Leaving Certificate, 1888
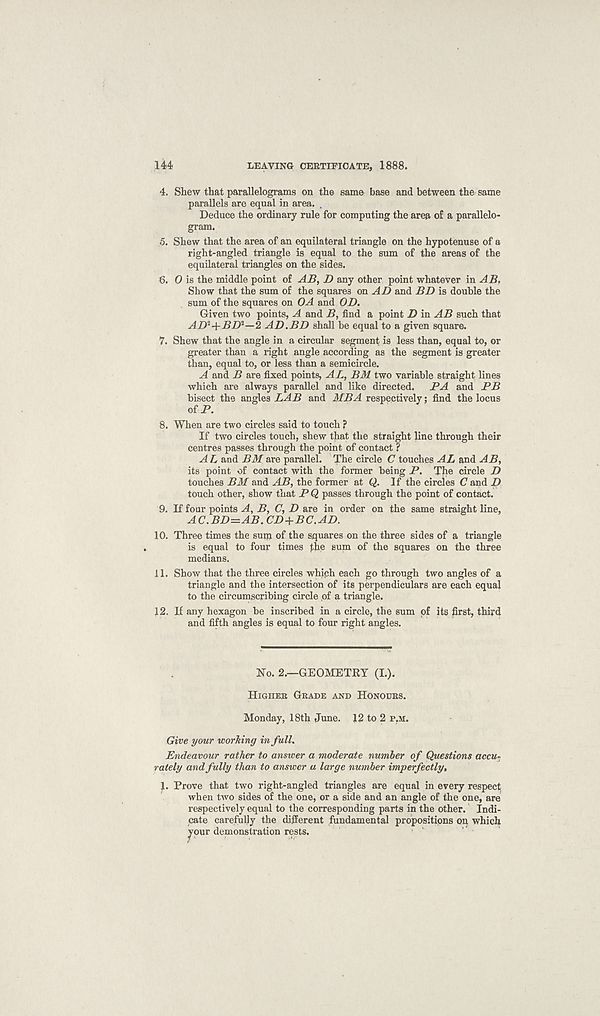
144
LEAVING CERTIFICATE, 1888.
4. Shew that parallelograms on the same base and between the same
parallels are equal in area.
Deduce the ordinary rule for computing the area of a parallelo-
gram.
5. Shew that the area of an equilateral triangle on the hypotenuse of a
right-angled triangle is equal to the sum of the areas of the
equilateral triangles on the sides.
6. 0 is the middle point of AB, D any other point whatever in AB.
Show that the sum of the squares on AD and BD is double the
sum of the squares on OA and OD.
Given two points, A and B, find a point D in AB such that
AD i +BD i —2 AD.BD shall be equal to a given square.
7. Shew that the angle in a circular segment is less than, equal to, or
greater than a right angle according as the segment is greater
than, equal to, or less than a semicircle.
A and B are fixed points, AL, BM two variable straight lines
which are always parallel and like directed.
PA and PB
bisect the angles LAB and MBA respectively; find the locus
of P.
8. When are two circles said to touch ?
If two circles touch, shew that the straight line through their
centres passes through the point of contact ?
A L and BM are parallel. The circle C touches AL and AB,
its point of contact with the former being P. The circle D
touches BM and AB, the former at Q. If the circles (7 and D
touch other, show that P Q passes through the point of contact.
9. If four points A, B, C, D are in order on the same straight line,
AC.BD—AB. CD+BC.AD.
10. Three times the suip of the squares on the three sides of a triangle
is equal to four times the sum of the squares on the three
medians.
11. Show that the three circles which each go through two angles of a
triangle and the intersection of its perpendiculars are each equal
to the circumscribing circle of a triangle.
12. If any hexagon be inscribed in a circle, the sum of its first, third
and fifth angles is equal to four right angles.
No. 2.—GEOMETRY (I.).
HIGHER GRADE AND HONOURS.
Monday, 18th June. 12 to 2 P.M.
Give your working in full.
Endeavour rather to answer a moderate number of Questions accu-
rately and fully than to answer a large number imperfectly,
1. Prove that two right-angled triangles are equal in every respect
when two sides of the one, or a side and an angle of the one, are
respectively equal to the corresponding parts in the other. Indi-
cate carefully the different fundamental propositions on which
your demonstration rests.